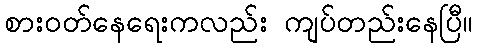
စားဝတ်နေရေးကလည်း ကျပ်တည်းနေပြီ။